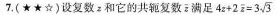
7.(★★☆)设复数z和它的共轭复数\overline{z}满足$$4 z + 2 \overline{z} = 3 \sqrt{3}